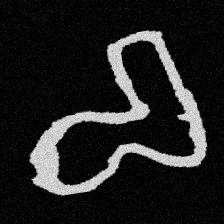
Pyu character \u2014 Myanmar letter: စ (romanized: ca)